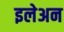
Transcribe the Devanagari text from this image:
इलेअन